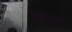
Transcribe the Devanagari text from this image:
केसेल्स